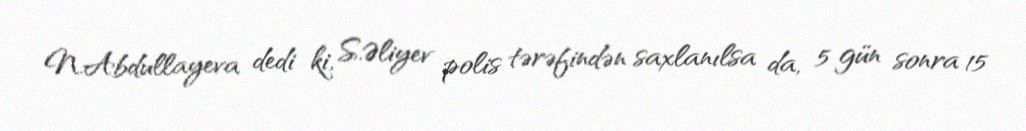
N.Abdullayeva dedi ki, S.Əliyev polis tərəfindən saxlanılsa da, 5 gün sonra 15